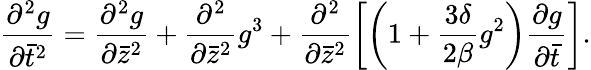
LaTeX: \frac{\partial^{2}g}{\partial\bar{t}^{2}}=\frac{\partial^{2}g}{\partial\bar{z}^{2}}+\frac{\partial^{2}}{\partial\bar{z}^{2}}g^{3}+\frac{\partial^{2}}{\partial\bar{z}^{2}}\left[\left(1+\frac{3\delta}{2\beta}g^{2}\right)\frac{\partial g}{\partial\bar{t}}\right].